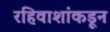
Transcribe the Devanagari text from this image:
रहिवाशांकडून